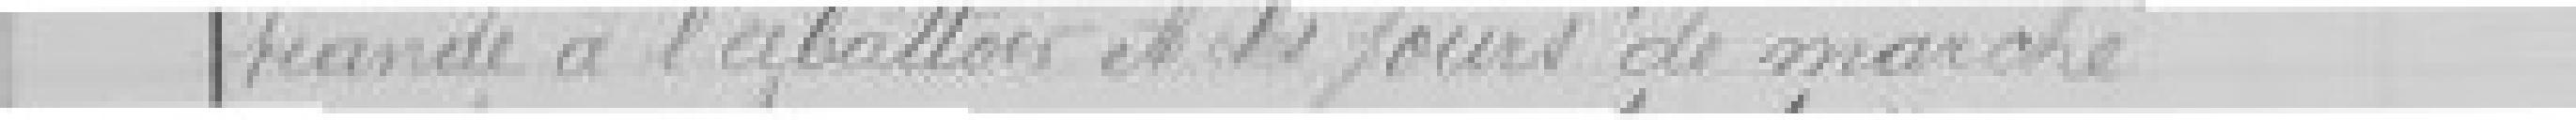
viande à l'abattoir et des jours de marché